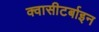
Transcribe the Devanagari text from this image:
क्वासीटर्बाइन